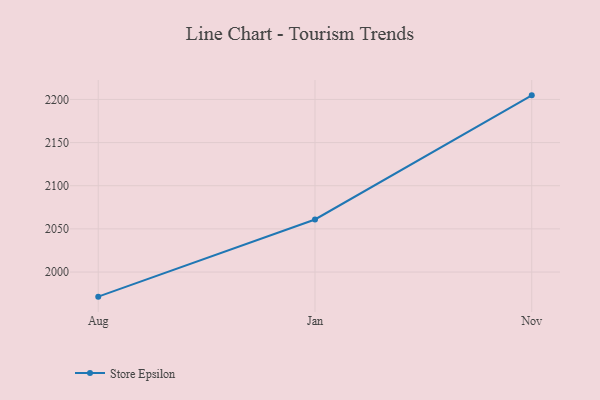
{"axis": {"x": "Month", "y": "Waste Production (Tons)"}, "legend": ["Store Epsilon"], "data": [{"x": "Aug", "y": 1971.5, "type": "Store Epsilon"}, {"x": "Jan", "y": 2060.9, "type": "Store Epsilon"}, {"x": "Nov", "y": 2204.7, "type": "Store Epsilon"}]}